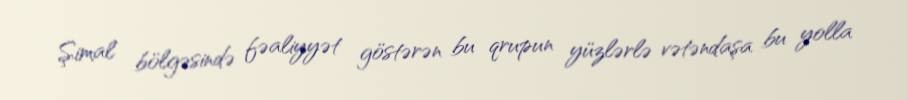
Şimal bölgəsində fəaliyyət göstərən bu qrupun yüzlərlə vətəndaşa bu yolla